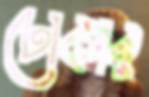
ঢোকার